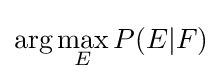
\arg \max _{E}P(E|F)